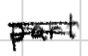
Text: part
Cross-out: double-line
Writing tool: digital_black